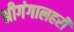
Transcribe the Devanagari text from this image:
श्रीगंगालहरी